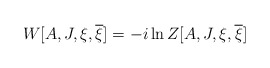
\begin{align*}W[A,J,\xi,\overline{\xi}]=-i\ln Z[A,J,\xi,\overline{\xi}]\end{align*}